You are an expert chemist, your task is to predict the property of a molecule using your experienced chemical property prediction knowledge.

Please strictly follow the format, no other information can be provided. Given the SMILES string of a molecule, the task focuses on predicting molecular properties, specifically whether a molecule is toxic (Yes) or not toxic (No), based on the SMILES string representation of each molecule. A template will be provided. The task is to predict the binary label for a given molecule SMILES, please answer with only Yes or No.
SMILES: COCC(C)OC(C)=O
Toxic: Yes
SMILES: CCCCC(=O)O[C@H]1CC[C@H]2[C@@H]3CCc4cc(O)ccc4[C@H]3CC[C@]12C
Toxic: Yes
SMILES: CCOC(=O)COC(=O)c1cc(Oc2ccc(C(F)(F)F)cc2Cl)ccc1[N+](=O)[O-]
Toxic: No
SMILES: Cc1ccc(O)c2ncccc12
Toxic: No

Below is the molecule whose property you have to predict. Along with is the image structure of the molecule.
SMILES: N=C(N)NC(=N)NCCc1ccccc1
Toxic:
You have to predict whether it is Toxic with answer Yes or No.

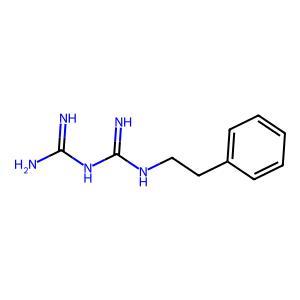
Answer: No